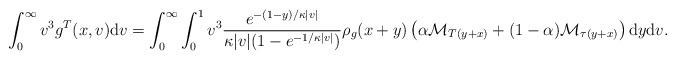
LaTeX: \begin{align*} \int_0^{\infty} v^3 g^T(x,v) \mathrm{d}v &= \int_0^{\infty} \int_0^1 v^3 \frac{e^{-(1-y)/\kappa |v|}}{\kappa |v| (1-e^{-1/\kappa|v|}) } \rho_g(x+y) \left( \alpha\mathcal{M}_{T(y+x)} + (1-\alpha) \mathcal{M}_{\tau(y+x)} \right) \mathrm{d}y \mathrm{d}v. \end{align*}